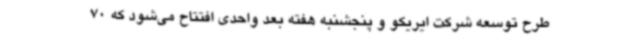
طرح توسعه شرکت ایریکو و پنجشنبه هفته بعد واحدی افتتاح می‌شود که 70